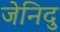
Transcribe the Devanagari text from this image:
जेनिदु